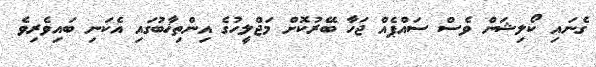
ގެނައި ކޯލިޝަން ވެސް ސައްޕެއް ޖަހާ ބޭރުކޮށް މަޖްލީހުގެ އިންތިޚާބުގައި އެކަނި ބައިވެރިވެ